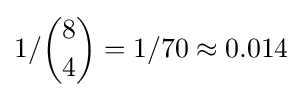
1/{\binom {8}{4}}=1/70\approx 0.014